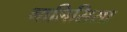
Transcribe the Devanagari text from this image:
गालिसिसा